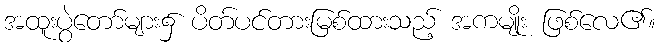
အထူးပွဲတော်များ၌ ပိတ်ပင်တားမြစ်ထားသည့် အကမျိုး ဖြစ်လေ၏။